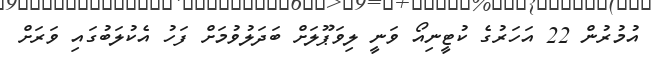
އުމުރުން 22 އަހަރުގެ ކުޓީނިއޯ ވަނީ ލިވަޕޫލަށް ބަދަލުވުމަށް ފަހު އެކުލަބުގައި ވަރަށް